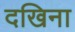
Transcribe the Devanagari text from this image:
दखिना